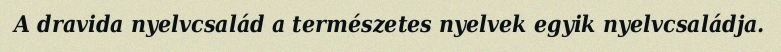
A dravida nyelvcsalád a természetes nyelvek egyik nyelvcsaládja.